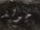
جولد